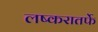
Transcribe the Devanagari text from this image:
लष्करातर्फे